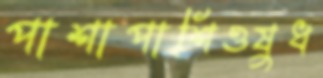
পাশাপাশিওষুধ